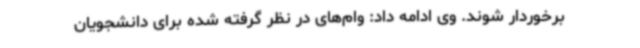
برخوردار شوند. وی ادامه داد: وام‌های در نظر گرفته شده برای دانشجویان